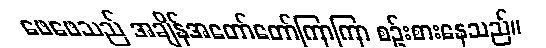
ဖေဖေသည် အချိန်အတော်တော်ကြာကြာ စဉ်းစားနေသည်။